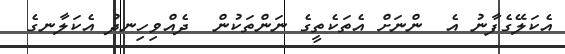
އެކަލޭގެފާނު އެ  ންނަށް އެތަކެތީގެ ނަންތަކުން  ދެއްވިހިނދު އެކަލާނގެ